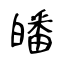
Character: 皤